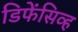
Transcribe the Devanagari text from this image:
डिफेंसिव्ह